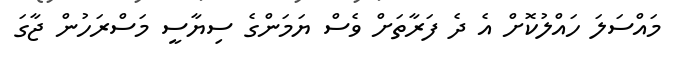
މައްސަލަ ހައްލުކޮށް އެ ދެ ފަރާތަށް ވެސް ޔަމަންގެ ސިޔާސީ މަސްރަހުން ޖާގަ